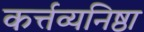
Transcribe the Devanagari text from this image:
कर्त्तव्यनिष्ठा